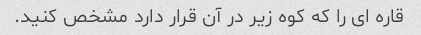
قاره ای را که کوه زیر در آن قرار دارد مشخص کنید.